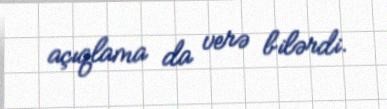
açıqlama da verə bilərdi.